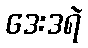
ဒေးဒရဲ